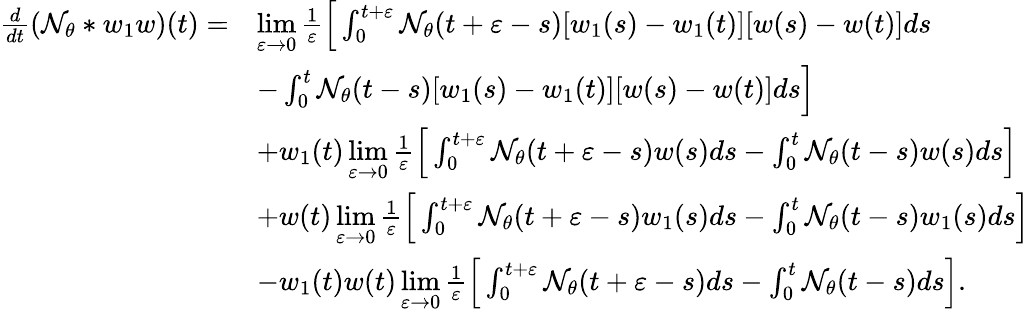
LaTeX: \begin{array}{rl}{\frac{d}{dt}(\mathcal{N}_{\theta}*w_{1}w)(t)=}&{\underset{\varepsilon\to 0}{\operatorname*{lim}}\frac{1}{\varepsilon}\Big[\int_{0}^{t+\varepsilon}\mathcal{N}_{\theta}(t+\varepsilon-s)[w_{1}(s)-w_{1}(t)][w(s)-w(t)]ds}\\ &{-\int_{0}^{t}\mathcal{N}_{\theta}(t-s)[w_{1}(s)-w_{1}(t)][w(s)-w(t)]ds\Big]}\\ &{+w_{1}(t)\underset{\varepsilon\to 0}{\operatorname*{lim}}\frac{1}{\varepsilon}\Big[\int_{0}^{t+\varepsilon}\mathcal{N}_{\theta}(t+\varepsilon-s)w(s)ds-\int_{0}^{t}\mathcal{N}_{\theta}(t-s)w(s)ds\Big]}\\ &{+w(t)\underset{\varepsilon\to 0}{\operatorname*{lim}}\frac{1}{\varepsilon}\Big[\int_{0}^{t+\varepsilon}\mathcal{N}_{\theta}(t+\varepsilon-s)w_{1}(s)ds-\int_{0}^{t}\mathcal{N}_{\theta}(t-s)w_{1}(s)ds\Big]}\\ &{-w_{1}(t)w(t)\underset{\varepsilon\to 0}{\operatorname*{lim}}\frac{1}{\varepsilon}\Big[\int_{0}^{t+\varepsilon}\mathcal{N}_{\theta}(t+\varepsilon-s)ds-\int_{0}^{t}\mathcal{N}_{\theta}(t-s)ds\Big].}\end{array}